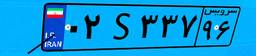
۱۲S۵۲۸۰۳